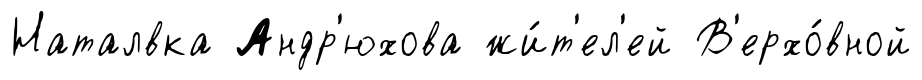
Наталвка Андр'юхова жи́т'ел'ей В'ерхо́вной